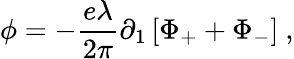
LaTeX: \phi=-\frac{e\lambda}{2\pi}\partial_{1}\left[\Phi_{+}+\Phi_{-}\right]\ ,